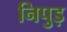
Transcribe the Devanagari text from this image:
निपुड़